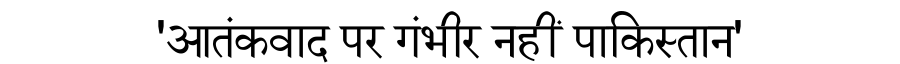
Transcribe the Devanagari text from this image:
'आतंकवाद पर गंभीर नहीं पाकिस्तान'